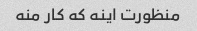
منظورت اینه که کار منه